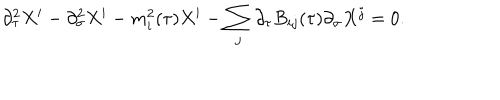
\partial _ { \tau } ^ { 2 } X ^ { i } - \partial _ { \sigma } ^ { 2 } X ^ { i } - m _ { i } ^ { 2 } ( \tau ) X ^ { i } - \sum _ { j } \partial _ { \tau } B _ { i j } ( \tau ) \partial _ { \sigma } X ^ { j } = 0 .